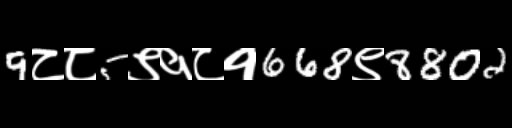
Text: 9८८5९१८१668९8802